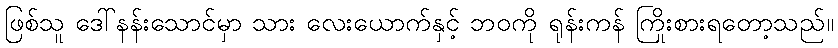
ဖြစ်သူ ဒေါ်နန်းသောင်မှာ သား လေးယောက်နှင့် ဘဝကို ရုန်းကန် ကြိုးစားရတော့သည်။